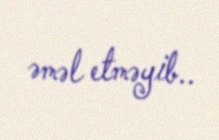
əməl etməyib..